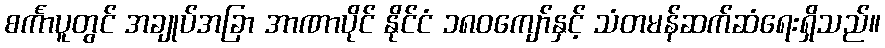
စင်္ကာပူတွင် အချုပ်အခြာ အာဏာပိုင် နိုင်ငံ ၁၈၀ကျော်နှင့် သံတမန်ဆက်ဆံရေးရှိသည်။